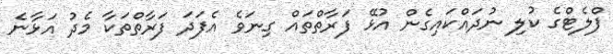
ފްލެޓްގެ ކުލި ނުދައްކައިގެން އުޅޭ ފަރާތްތައް ގިނަވެ އެފަދަ ފަރާތްތަކާ މެދު އަޅާނެ